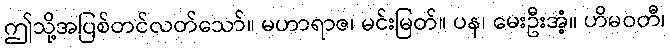
ဤသို့အပြစ်တင်လတ်သော်။ မဟာရာဇ၊ မင်းမြတ်။ ပန၊ မေးဦးအံ့။ ဟိမဝတီ၊